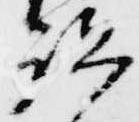
祗